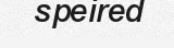
speired